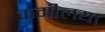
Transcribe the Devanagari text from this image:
कमीलया